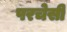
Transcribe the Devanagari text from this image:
परचेसी